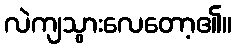
လဲကျသွားလေတော့၏။